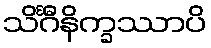
သိင်္ဂီနိက္ခဿာပိ